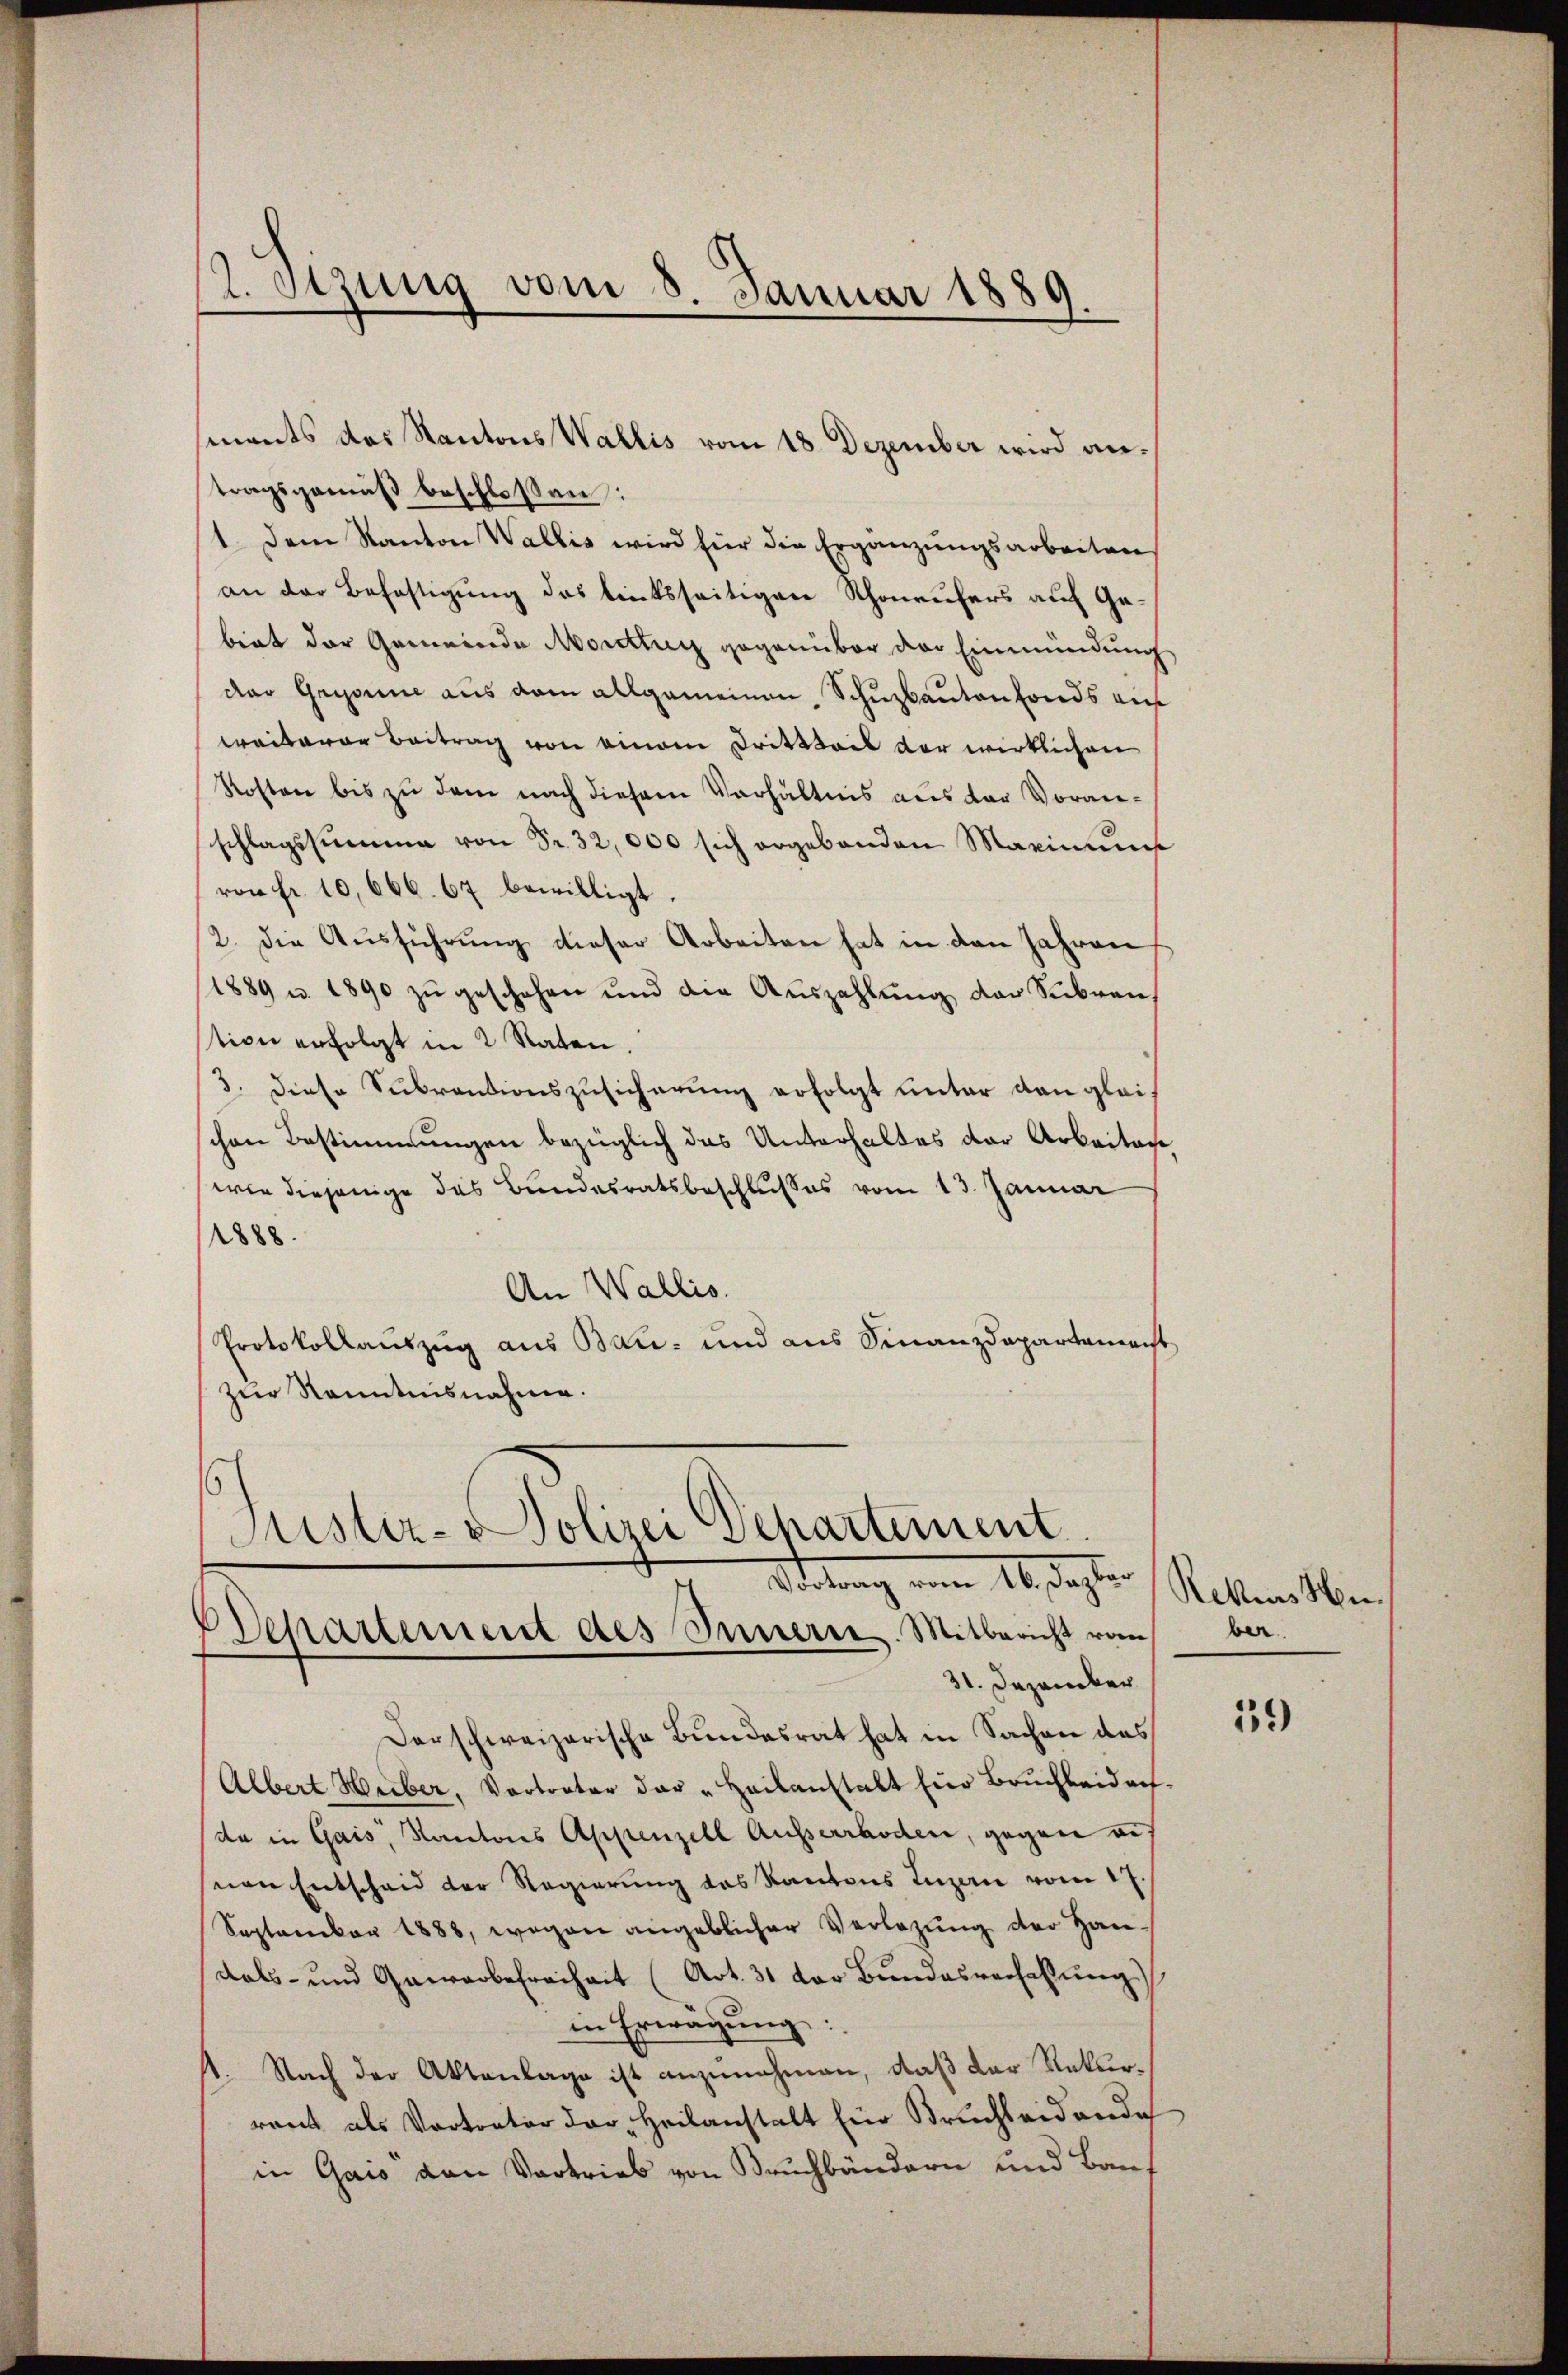
2. Stzung vom 8. Januar 1889.

ments das Kantons Wallis vom 18. Dezember wird antragsgemäß beschloßen:
1. Dem Kanton Wallis wird für die Ergänzungsarbeiten
an der Befestigung des linksseitigen Schoneufers auf Ge-
birt der Gemeinde Morettung gegenüber der Einmündung
das Gegonne aus dem allgemeinen Schuzbautenfonds auf
weiterer Beitrag von einem Drittheil der wirklichen
Roston bis zu dem nach diesem Verhältnis aus der Voranschlagssumme von Fr. 32,000 sich ergebenden Maximums
von Fr. 10,666. 67 bewilligt.
2. die Aŭsführŭng dieser Arbeiten hat in den Jahren
1889 u. 1890 zŭ geschehen und die Aŭszahlŭng der Subven
tion erfolgt in 2 Raten.
3. diese Subventionszusicherung erfolgt unter den gleischen Bestimmungen bezüglich das Unterhaltes der Arbeiten,
wie diejenige das Bundesratsbeschlusses vom 13. Januar
1888.
An Wallis.
Protokollauszug aus Bau- und aus Finanzdepartement
zur Kenntnisnahme.
Justiz- Polizei Departement.

Stetung vom 16. Sept.
Departement des Innerie. Mitbericht vom
31. Dezember

derschweizerische Bundesrat hat in Sachen des
Albert Huber, Vortreter der "Heilanstalt für Baŭch beidech.
da in Gais, Kantons Appenzell Ausserrhoden, gegen au
nen Entscheid der Regierung des Kantons Luzern vom 17.
September 1888, wegen angeblicher Verlegŭng der Handals- und Gewerbefreiheit (Art. 31 der Bŭndesverhaltŭng
in Erwägung:
st. Nach der Aktenlage ist anzunehmen, daß der Naturrant als Vortreter der Heilanstalt Ein Bruchleid ande
in Gais von Vortrieb von Bruchbändern und Bauf

Rekurs Hu
ber

39